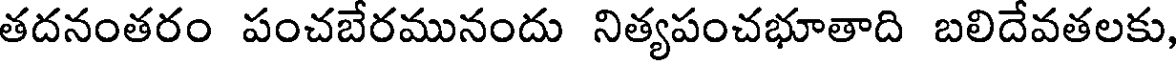
తదనంతరం పంచబేరమునందు నిత్యపంచభూతాది బలిదేవతలకు,